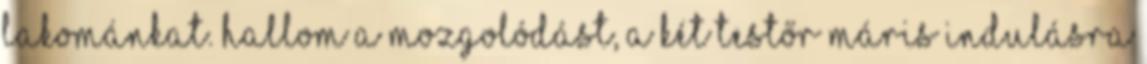
lakománkat. Hallom a mozgolódást, a két testőr máris indulásra